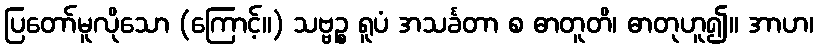
ပြတော်မူလိုသော (ကြောင့်။) သဗ္ဗဉ္စ ရူပံ အသင်္ခတာ စ ဓာတူတိ၊ ဓာတုဟူ၍။ အာဟ၊